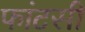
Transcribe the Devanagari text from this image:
फांटसी